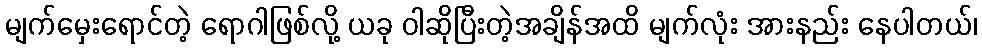
မျက်မှေးရောင်တဲ့ ရောဂါဖြစ်လို့ ယခု ဝါဆိုပြီးတဲ့အချိန်အထိ မျက်လုံး အားနည်း နေပါတယ်၊